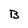
Character: B